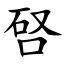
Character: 唘